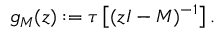
g _ { M } ( z ) : = \tau \left[ ( z I - M ) ^ { - 1 } \right] .